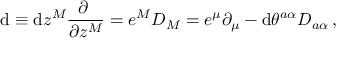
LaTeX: \mathrm { d } \equiv \mathrm { d } z ^ { M } \frac { \partial ~ } { \partial z ^ { M } } = e ^ { M } D _ { M } = e ^ { \mu } \partial _ { \mu } - \mathrm { d } \theta ^ { a \alpha } D _ { a \alpha } \, ,